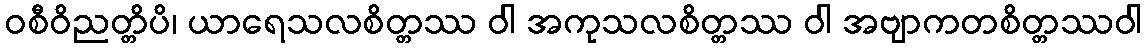
ဝစီဝိညတ္တိပိ၊ ယာရေသလစိတ္တဿ ဝါ အကုသလစိတ္တဿ ဝါ အဗျာကတစိတ္တဿဝါ